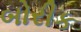
બોરીક